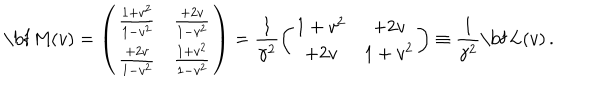
LaTeX: { \mathrm { \bf ~ M } } ( v ) = \left( \begin{array} { c c } { { \frac { 1 + v ^ { 2 } } { 1 - v ^ { 2 } } } } & { { \frac { + 2 v } { 1 - v ^ { 2 } } } } \\ { { \frac { + 2 v } { 1 - v ^ { 2 } } } } & { { \frac { 1 + v ^ { 2 } } { 1 - v ^ { 2 } } } } \\ \end{array} \right) = \frac { 1 } { \gamma ^ { 2 } } \left( \begin{array} { c c } { { 1 + v ^ { 2 } } } & { { + 2 v } } \\ { { + 2 v } } & { { 1 + v ^ { 2 } } } \\ \end{array} \right) \equiv \frac { 1 } { \gamma ^ { 2 } } { \mathrm { \bf ~ L } } ( v ) \, .